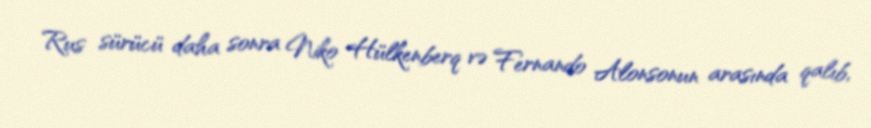
Rus sürücü daha sonra Niko Hülkenberq və Fernando Alonsonun arasında qalıb,